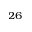
^ { 2 6 }